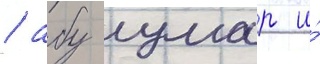
/ абу умар и́